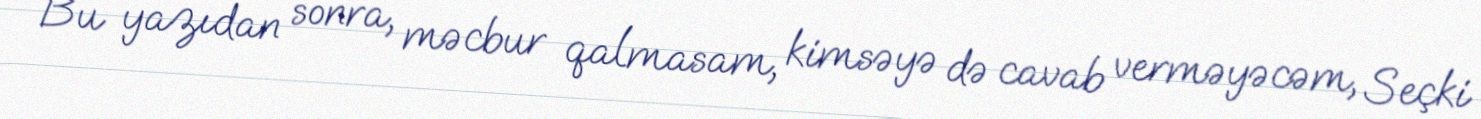
Bu yazıdan sonra, məcbur qalmasam, kimsəyə də cavab verməyəcəm, Seçki